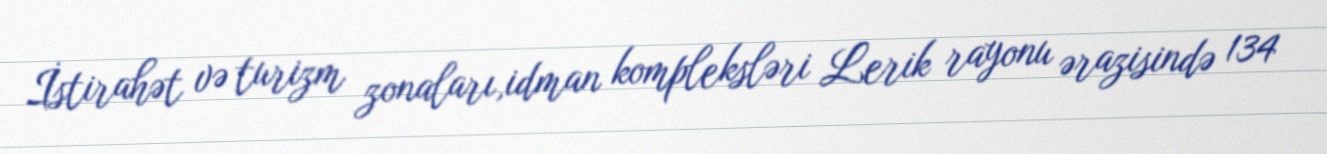
İstirahət və turizm zonaları,idman kompleksləri Lerik rayonu ərazisində 134